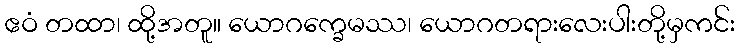
ဧဝံ တထာ၊ ထို့အတူ။ ယောဂက္ခေမဿ၊ ယောဂတရားလေးပါးတို့မှကင်း